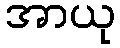
အာယု